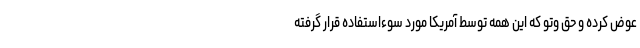
عوض کرده و حق وتو که این همه توسط آمریکا مورد سوءاستفاده قرار گرفته